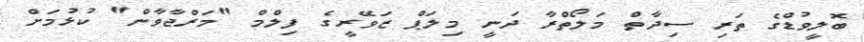
ބޮލީވުޑްގެ ތަރި ސިދާތް މަލޯތްރާ ދަނީ މިލަޕް ޒަވޭރީގެ ފިލްމް "މަރްޖާވާން" ކުޅުމަށް